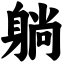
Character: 躺